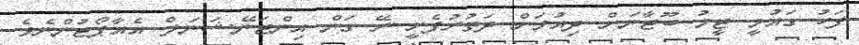
ފަހު ގައުމީ ޓީމު ބޫޓާނަށް ދިއުމަށް ދަތުރުފެށީ ރޭ ގަން އިންޓަނޭޝަނަލް އެއާޕޯޓުންނެވެ.